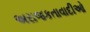
અરાજકતાવાદીઓ